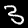
Label: 3